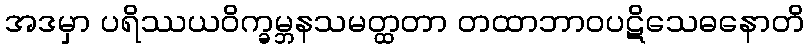
အဒမှာ ပရိဿယဝိက္ခမ္ဘနသမတ္ထတာ တထာဘာဝပဋိသေဓနောတိ